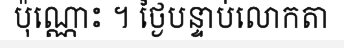
ប៉ុណ្ណោះ ។ ថ្ងៃបន្ទាប់លោកតា